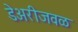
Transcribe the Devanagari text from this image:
डेअरीजवळ